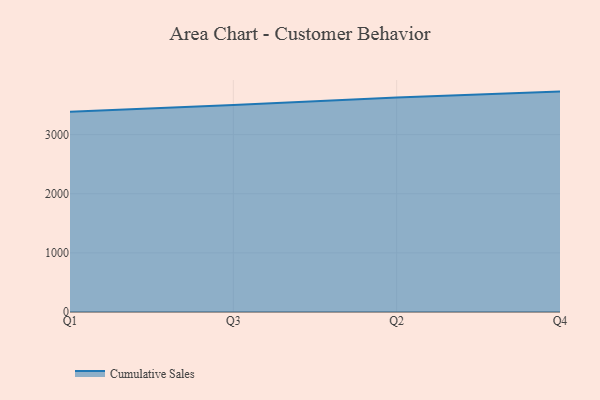
{"axis": {"x": "Quarter", "y": "Backlog"}, "legend": ["Cumulative Sales"], "data": [{"x": "Q1", "y": 3388.3, "type": "Cumulative Sales"}, {"x": "Q3", "y": 3501.5, "type": "Cumulative Sales"}, {"x": "Q2", "y": 3629.4, "type": "Cumulative Sales"}, {"x": "Q4", "y": 3727.3, "type": "Cumulative Sales"}]}